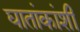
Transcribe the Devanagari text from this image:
घातांकांशी